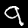
Digit: 9